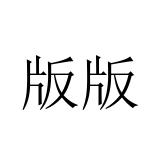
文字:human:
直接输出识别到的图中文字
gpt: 版版